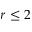
r \leq 2